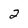
Character: 2